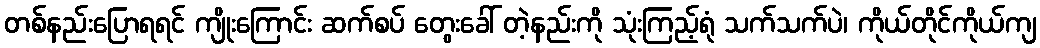
တစ်နည်းပြောရရင် ကျိုးကြောင်း ဆက်စပ် တွေးခေါ် တဲ့နည်းကို သုံးကြည့်ရုံ သက်သက်ပဲ၊ ကိုယ်တိုင်ကိုယ်ကျ